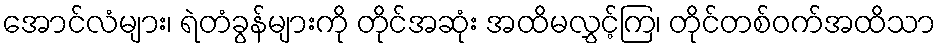
အောင်လံများ၊ ရဲတံခွန်များကို တိုင်အဆုံး အထိမလွှင့်ကြ၊ တိုင်တစ်ဝက်အထိသာ